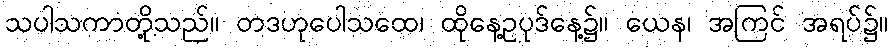
သပါသကာတို့သည်။ တဒဟုပေါသထေ၊ ထိုနေ့ဥပုဒ်နေ့၌။ ယေန၊ အကြင် အရပ်၌။